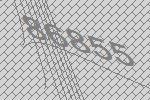
86855